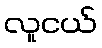
လူငယ်